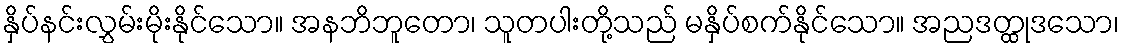
နှိပ်နင်းလွှမ်းမိုးနိုင်သော။ အနဘိဘူတော၊ သူတပါးတို့သည် မနှိပ်စက်နိုင်သော။ အညဒတ္ထုဒသော၊